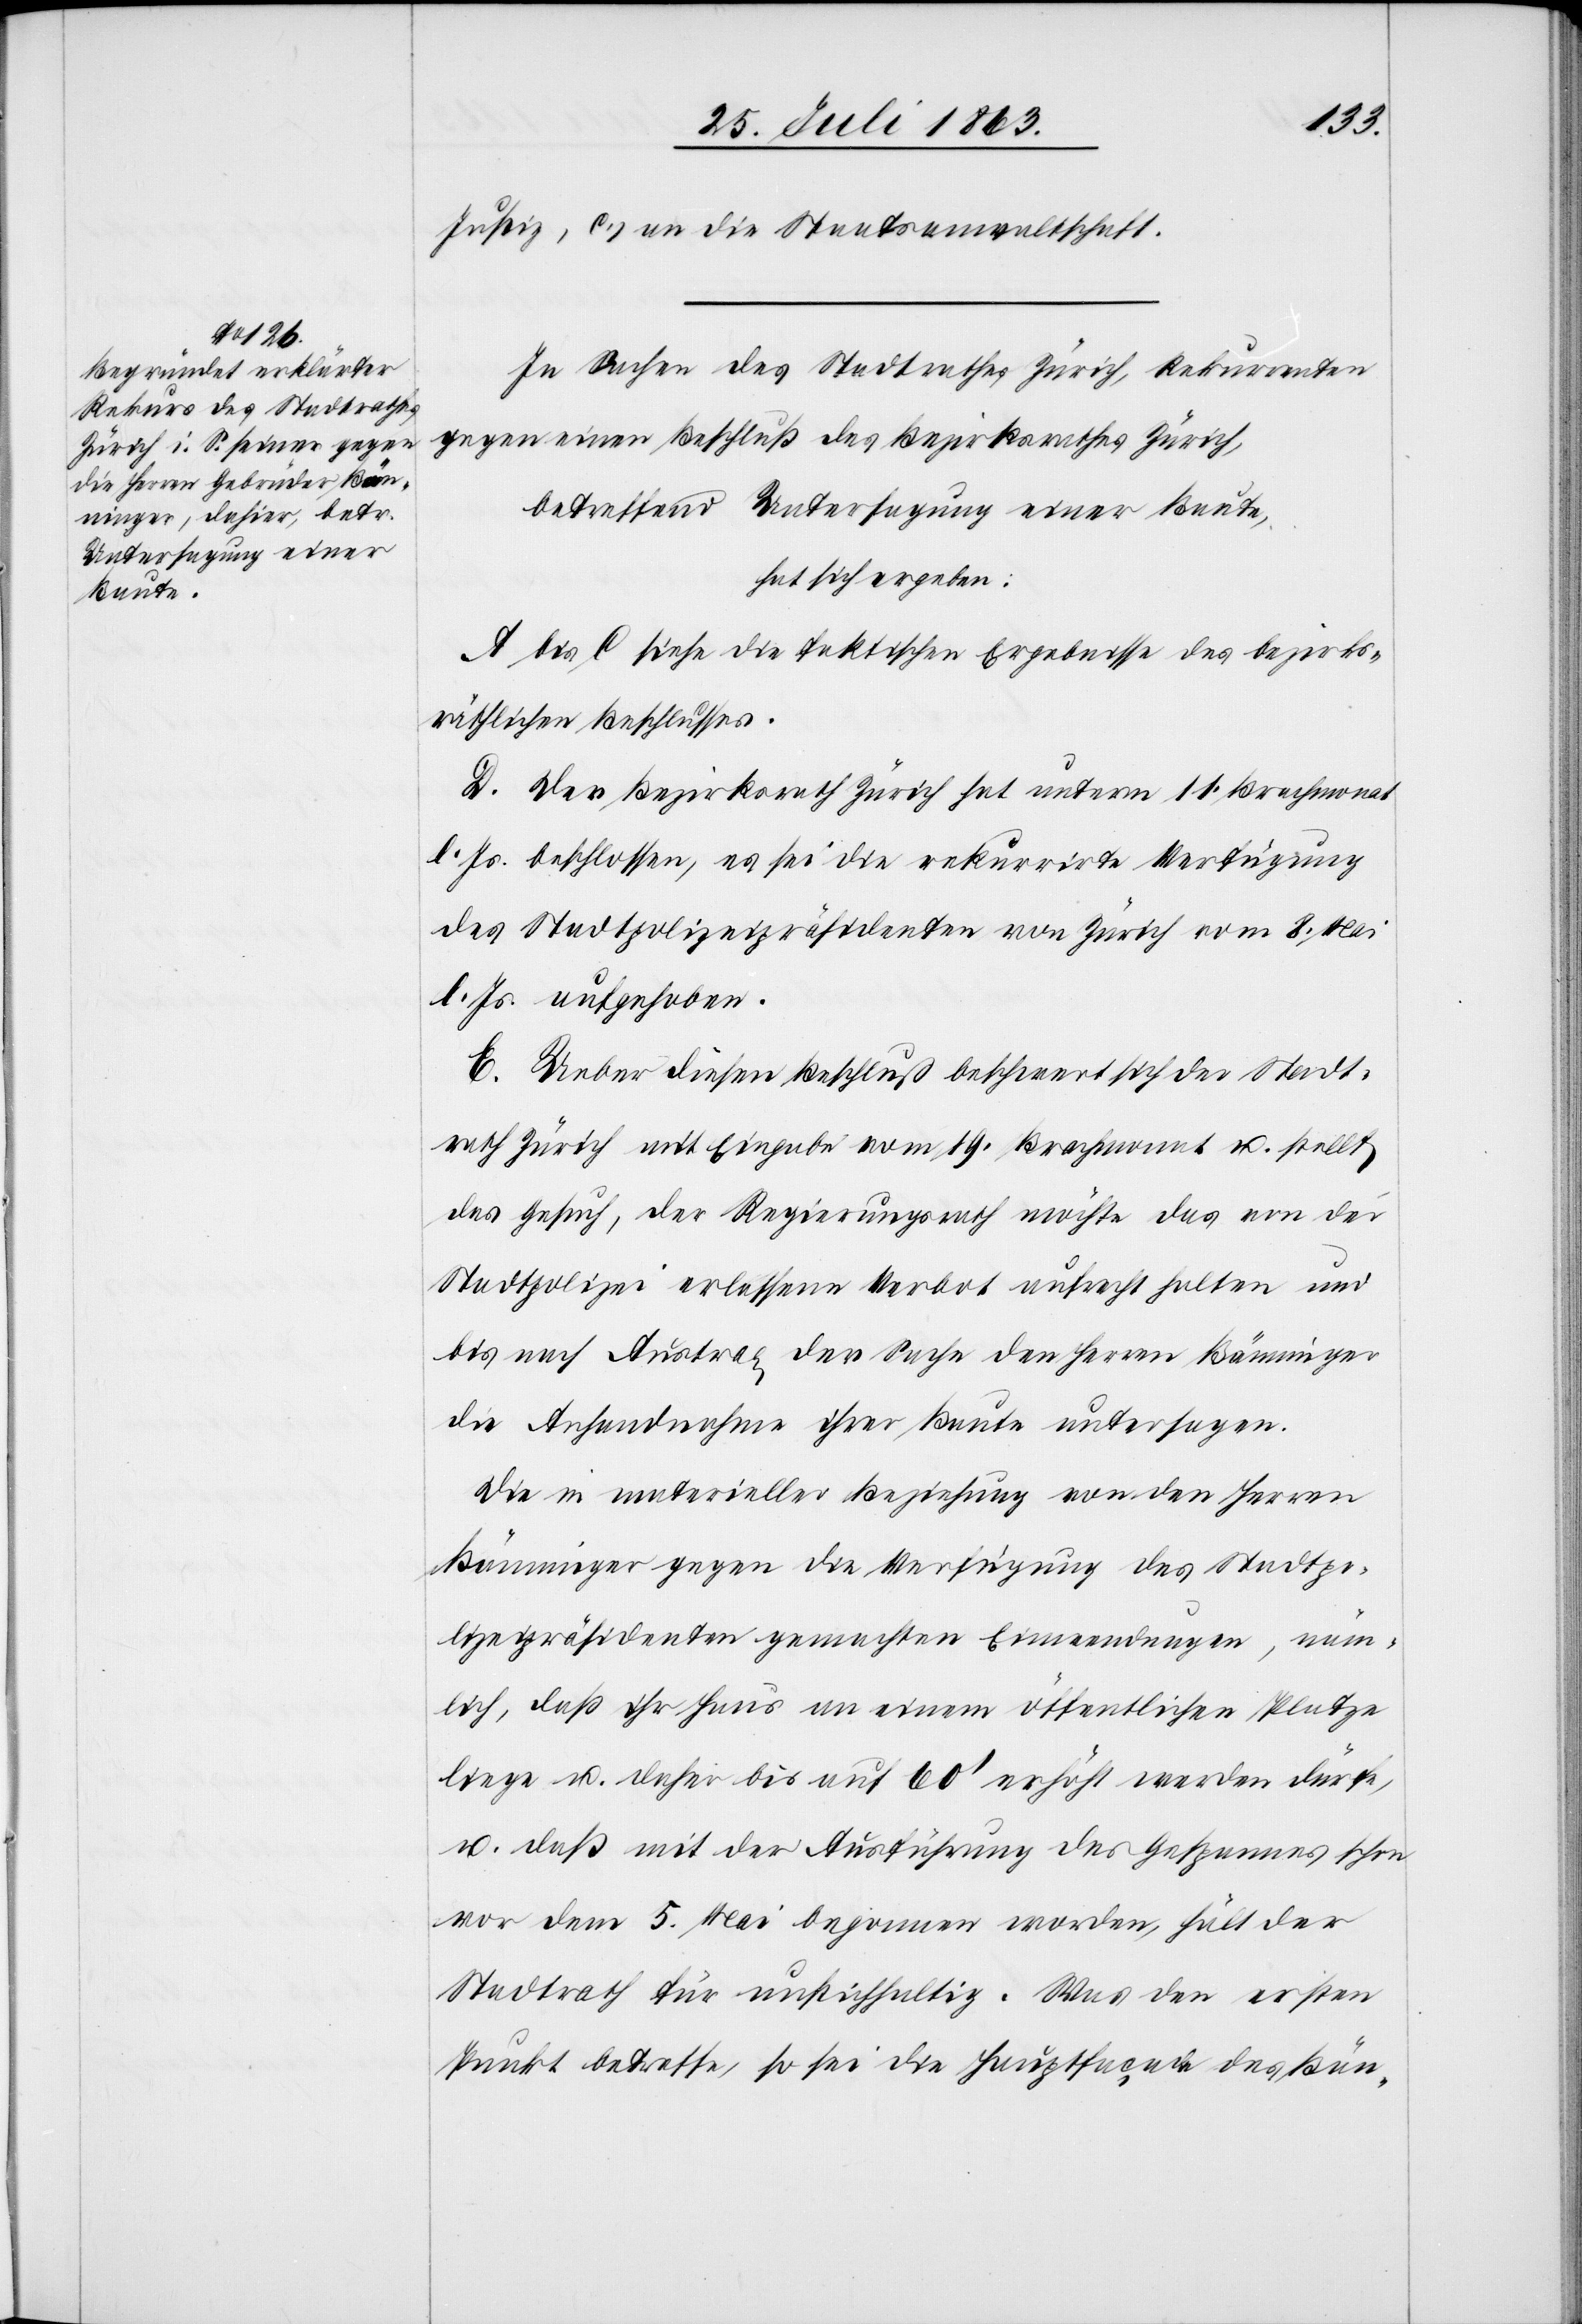
Justiz, c.) an die Staatsanwaltschaft.
In Sachen des Stadtrathes Zürich, Rekurrenten
gegen einen Beschluß des Bezirksrathes Zürich,
betreffend Untersagung einer Baute,
hat sich ergeben:
A bis C siehe die faktischen Ergebnisse des bezirks¬
räthlichen Beschlusses.
D. Der Bezirksrath Zürich hat unterm 11. Brachmonat
l. Js. beschlossen, es sei die rekurrirte Verfügung
des Stadtpolizeipräsidenten von Zürich vom 8. Mai
l. Js. aufgehoben.
E. Ueber diesen Beschluß beschwert sich der Stadt¬
rath Zürich mit Eingabe vom 19. Brachmonat u. stellt
das Gesuch, der Regierungsrath möchte das von der
Stadtpolizei erlassene Verbot aufrecht halten und
bis nach Austrag der Sache den Herren Bänninger
die Anhandnahme ihrer Baute untersagen.
Die in materieller Beziehung von den Herren
Bänninger gegen die Verfügung des Stadtpo¬
lizeipräsidenten gemachten Einwendungen, näm¬
lich, daß ihr Haus an einem öffentlichen Platze
liege u. daher bis auf 60' erhöht werden dürfe,
u. daß mit der Ausführung des Gespannes schon
vor dem 5. Mai begonnen worden, hält der
Stadtrath für unstichhaltig. Was den ersten
Punkt betreffe, so sei die Hauptfaçade des Bän-